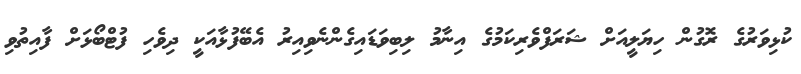
ކުޅިވަރުގެ ރޮގުން ހިޔަލީއަށް ޝަރަފްވެރިކަމުގެ އިނާމު ލިބިވަޑައިގެންނެވިއިރު އެބޭފުޅާއަކީ ދިވެހި ފުޓްބޯޅަށް ފާއިތުވި